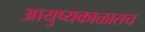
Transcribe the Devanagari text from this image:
आयुष्यकाळातच